画像に写った文字を読んでください
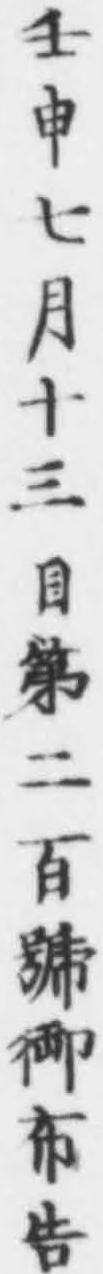
「壬申七月十三日第二百號御布告」と書いてあります